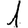
Digit: 1